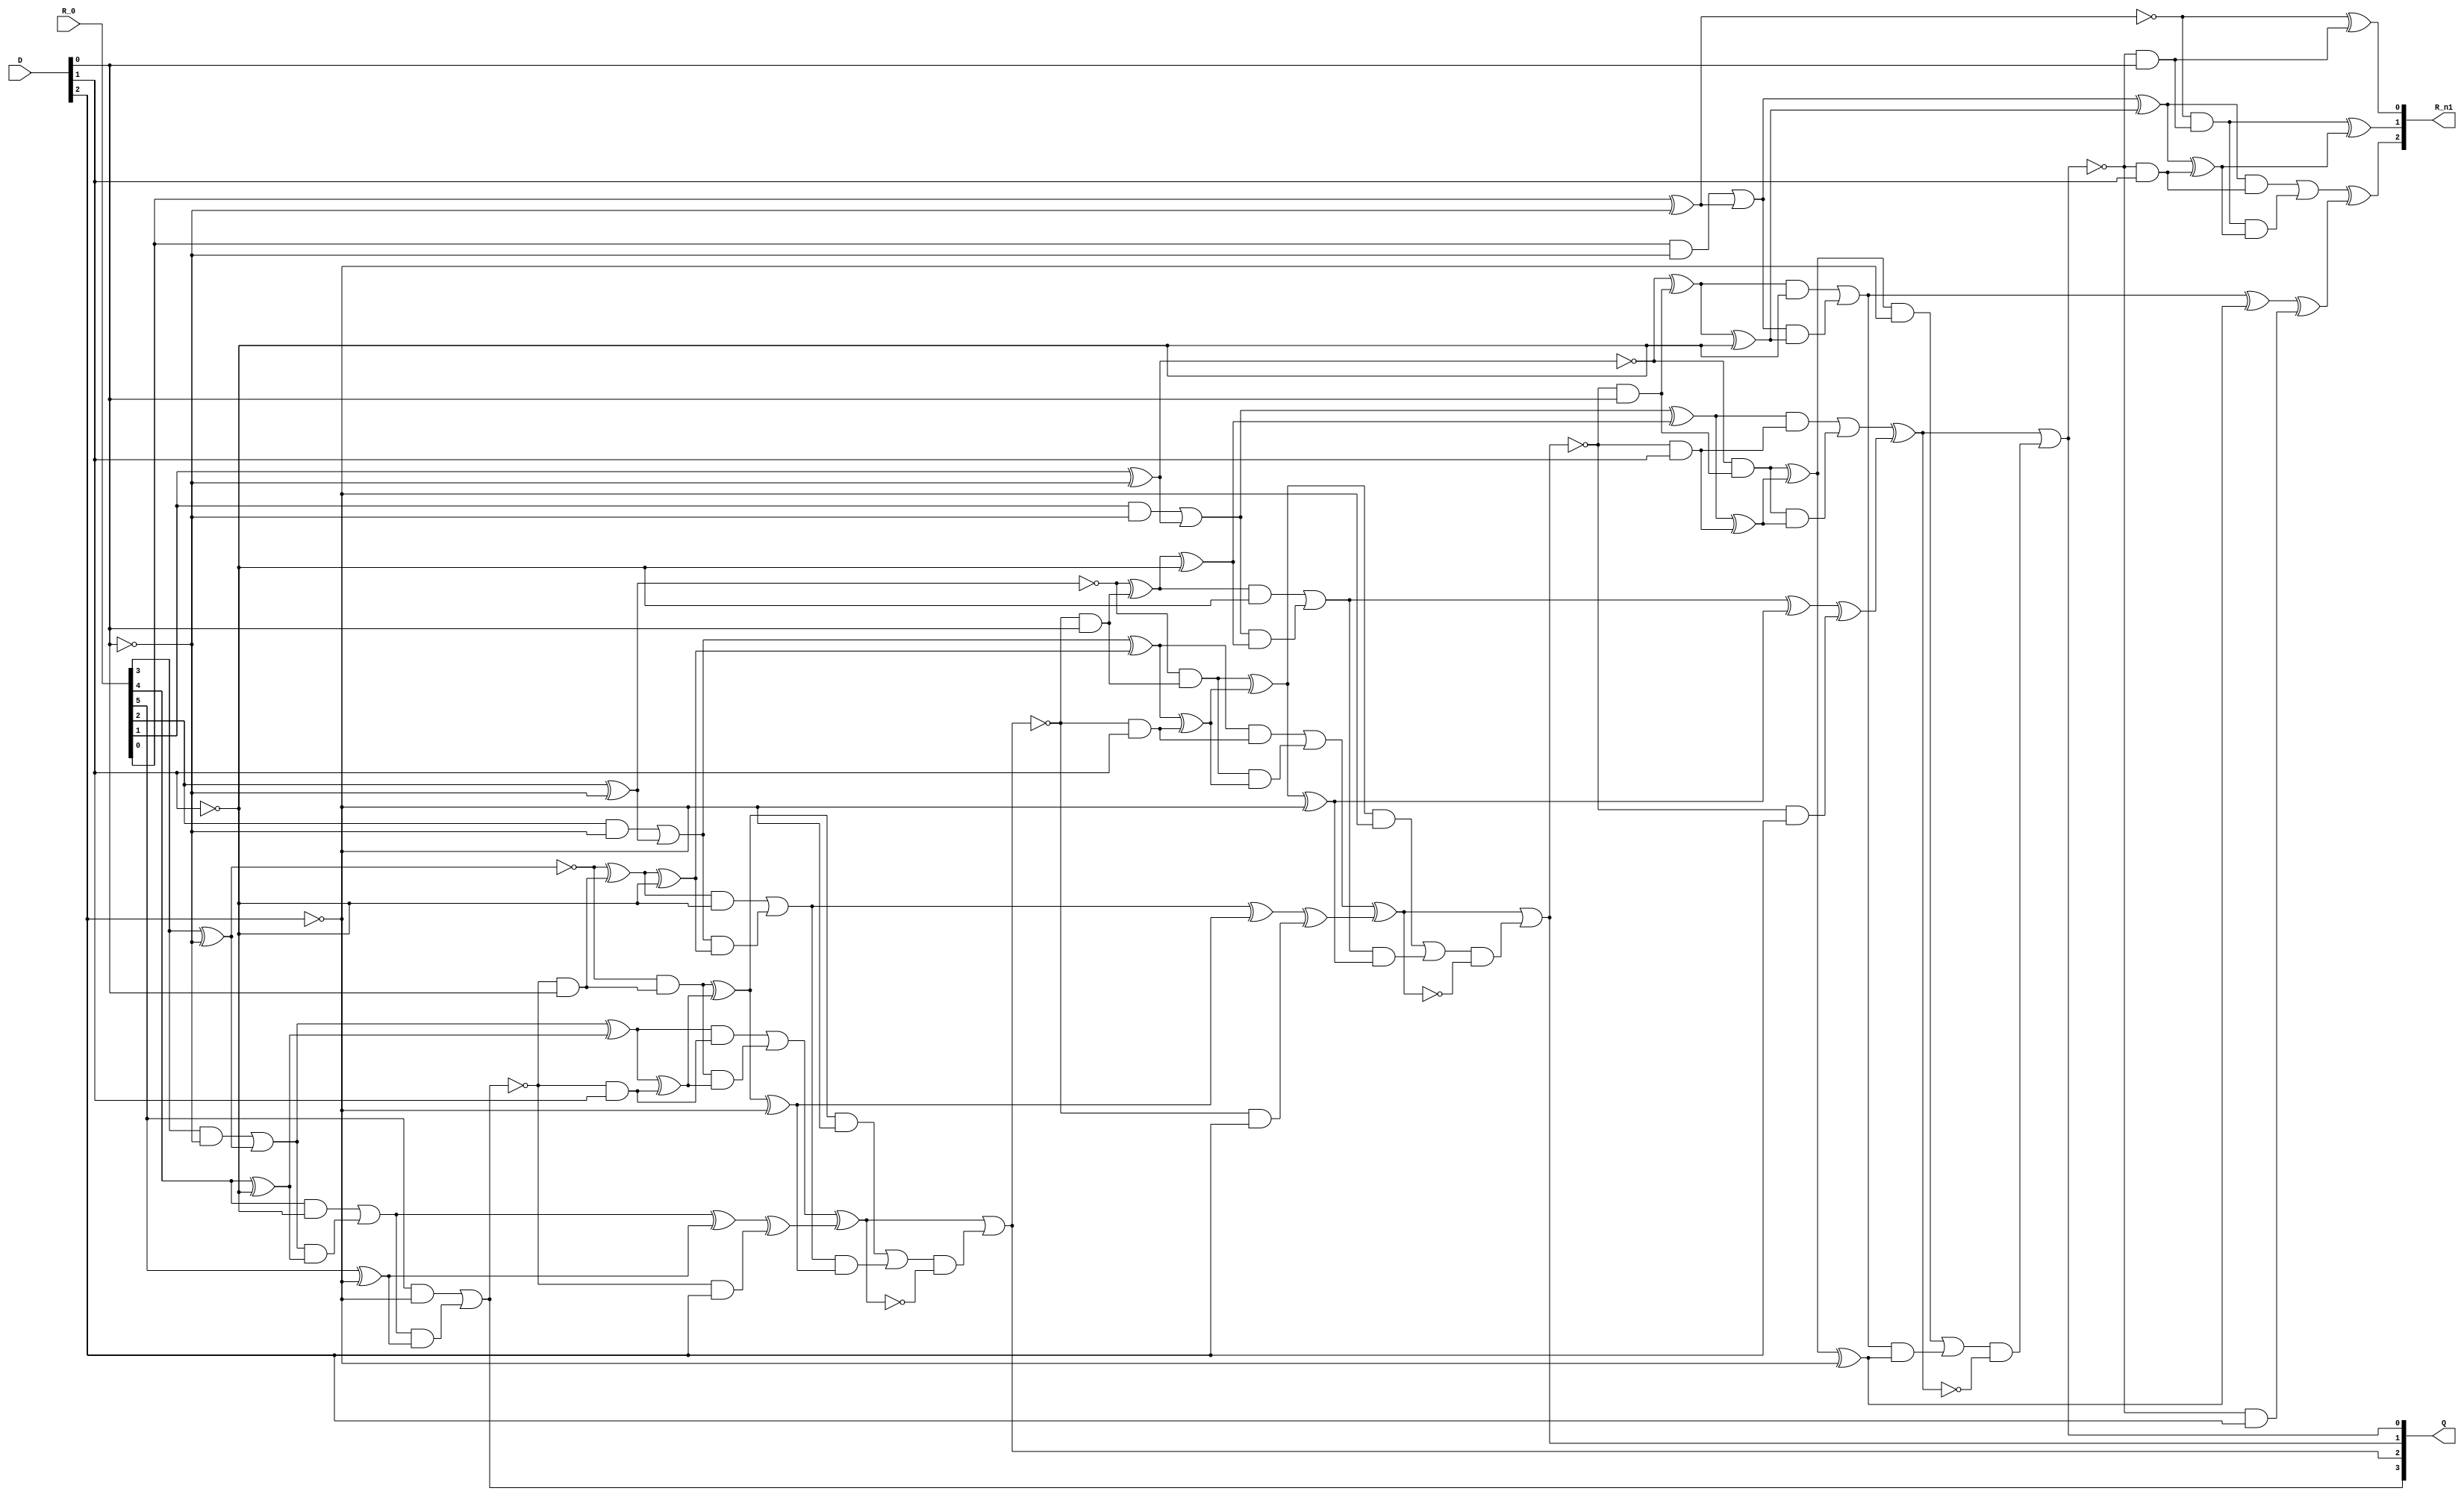
module divider(R_0, D, Q, R_n1);
input [5:0] R_0;
input [2:0] D;
output [3:0] Q;
output [2:0] R_n1;
wire _0_;
wire _1_;
wire _2_;
wire _3_;
wire _4_;
wire _5_;
wire _6_;
wire _7_;
wire _8_;
wire _9_;
wire _10_;
wire _11_;
wire _12_;
wire _13_;
wire _14_;
wire _15_;
wire _16_;
wire _17_;
wire _18_;
wire _19_;
wire _20_;
wire _21_;
wire _22_;
wire _23_;
wire _24_;
wire _25_;
wire _26_;
wire _27_;
wire _28_;
wire _29_;
wire _30_;
wire _31_;
wire _32_;
wire _33_;
wire _34_;
wire _35_;
wire _36_;
wire _37_;
wire _38_;
wire _39_;
wire _40_;
wire _41_;
wire _42_;
wire _43_;
wire _44_;
wire _45_;
wire _46_;
wire _47_;
wire _48_;
wire _49_;
wire _50_;
wire _51_;
wire _52_;
wire _53_;
wire _54_;
wire _55_;
wire _56_;
wire _57_;
wire _58_;
wire _59_;
wire _60_;
wire _61_;
wire _62_;
wire _63_;
wire _64_;
wire _65_;
wire _66_;
wire _67_;
wire _68_;
wire _69_;
wire _70_;
wire _71_;
wire _72_;
wire _73_;
wire _74_;
wire _75_;
wire _76_;
wire _77_;
wire _78_;
wire _79_;
wire _80_;
wire _81_;
wire _82_;
wire _83_;
wire _84_;
wire _85_;
wire _86_;
wire _87_;
wire _88_;
wire _89_;
wire _90_;
wire _91_;
wire _92_;
wire _93_;
wire _94_;
wire _95_;
wire _96_;
wire _97_;
wire _98_;
wire _99_;
wire _100_;
wire _101_;
wire _102_;
wire _103_;
wire _104_;
wire _105_;
wire _106_;
wire _107_;
wire _108_;
wire _109_;
wire _110_;
wire _111_;
wire _112_;
wire _113_;
wire _114_;
wire _115_;
wire _116_;
wire _117_;
wire _118_;
wire _119_;
wire _120_;
wire _121_;
wire _122_;
wire _123_;
wire _124_;
wire _125_;
wire _126_;
wire _127_;
wire _128_;
wire _129_;
wire _130_;
wire _131_;
wire _132_;
wire _133_;
wire _134_;
wire _135_;
wire _136_;
wire _137_;
wire _138_;
wire _139_;
wire _140_;
wire _141_;
wire _142_;
wire _143_;
wire _144_;
wire _145_;
wire _146_;
wire _147_;
wire _148_;
wire _149_;
wire _150_;
wire _151_;
wire _152_;
wire _153_;
wire _154_;
wire _155_;
wire _156_;
wire _157_;
wire _158_;
wire _159_;
wire _160_;
wire _161_;
wire _162_;
wire _163_;
wire _164_;
wire _165_;
wire _166_;
wire _167_;
wire _168_;
wire _169_;
wire _170_;
wire _171_;
wire _172_;
wire _173_;
wire _174_;
wire _175_;
wire _176_;
wire _177_;
wire _178_;
wire _179_;
wire _180_;
wire _181_;
wire _182_;
wire _183_;
wire _184_;
wire _185_;
wire _186_;
wire _187_;
wire _188_;
wire _189_;
wire _190_;
wire _191_;
wire _192_;
wire _193_;
wire _194_;
wire _195_;
wire _196_;
wire _197_;
wire _198_;
wire _199_;
wire _200_;
wire _201_;
wire _202_;
wire _203_;
wire _204_;
wire _205_;
wire _206_;
wire _207_;
wire _208_;
wire _209_;
wire _210_;
wire _211_;
wire _212_;
wire _213_;
wire _214_;
wire _215_;
wire _216_;
wire _217_;
wire _218_;
wire _219_;
wire _220_;
wire _221_;
wire _222_;
wire _223_;
wire _224_;
wire _225_;
wire _226_;
wire _227_;
wire _228_;
wire _229_;
wire _230_;
wire _231_;
wire _232_;
wire _233_;
wire _234_;
wire _235_;
wire _236_;
wire _237_;
wire _238_;
wire _239_;
wire _240_;
wire _241_;
wire _242_;
wire _243_;
wire _244_;
wire _245_;
wire _246_;
wire _247_;
wire _248_;
wire _249_;
wire _250_;
wire _251_;
wire _252_;
wire _253_;
wire _254_;
wire _255_;
wire _256_;
wire _257_;
wire _258_;
wire _259_;
wire _260_;
wire _261_;
wire _262_;
wire _263_;
wire _264_;
wire _265_;
wire _266_;
wire _267_;
wire _268_;
wire _269_;
wire _270_;
wire _271_;
wire _272_;
wire _273_;
wire _274_;
wire _275_;
wire _276_;
wire _277_;
wire _278_;
wire _279_;
wire _280_;
wire _281_;
wire _282_;
wire _283_;
wire _284_;
wire _285_;
wire _286_;
wire _287_;
wire _288_;
wire _289_;
wire _290_;
wire _291_;
wire _292_;
wire _293_;
wire _294_;
wire _295_;
wire _296_;
wire _297_;
wire _298_;
wire _299_;
wire _300_;
wire _301_;
wire _302_;
wire _303_;
wire _304_;
wire _305_;
wire _306_;
wire _307_;
wire _308_;
wire _309_;
wire _310_;
wire _311_;
wire _312_;
wire _313_;
wire _314_;
wire _315_;
wire _316_;
wire _317_;
wire _318_;
wire _319_;
wire _320_;
wire _321_;
wire _322_;
wire _323_;
wire _324_;
wire _325_;
wire _326_;
wire _327_;
wire _328_;
wire _329_;
wire _330_;
wire _331_;
wire _332_;
wire _333_;
wire _334_;
wire _335_;
wire _336_;
wire _337_;
wire _338_;
wire _339_;
wire _340_;
wire _341_;
wire _342_;
wire _343_;
wire _344_;
wire _345_;
wire _346_;
wire _347_;
wire _348_;
wire _349_;
wire _350_;
wire _351_;
wire _352_;
wire _353_;
wire _354_;
wire _355_;
wire _356_;
wire _357_;
wire _358_;
wire _359_;
wire _360_;
wire _361_;
wire _362_;
wire _363_;
wire _364_;
wire _365_;
wire _366_;
wire _367_;
wire _368_;
wire _369_;
wire _370_;
wire _371_;
wire _372_;
wire _373_;
wire _374_;
wire _375_;
wire _376_;
wire _377_;
wire _378_;
wire _379_;
wire _380_;
wire _381_;
wire _382_;
wire _383_;
wire _384_;
wire _385_;
wire _386_;
wire _387_;
wire _388_;
wire _389_;
wire _390_;
wire _391_;
wire _392_;
wire _393_;
wire _394_;
wire _395_;
wire _396_;
wire _397_;
wire _398_;
wire _399_;
wire _400_;
wire _401_;
wire _402_;
wire _403_;
wire _404_;
wire _405_;
wire _406_;
wire _407_;
wire _408_;
wire _409_;
wire _410_;
wire _411_;
wire _412_;
wire _413_;
wire _414_;
wire _415_;
wire _416_;
wire _417_;
wire _418_;
wire _419_;
wire _420_;
wire _421_;
wire _422_;
wire _423_;
wire _424_;
wire _425_;
wire _426_;
wire _427_;
wire _428_;
wire _429_;
wire _430_;
wire _431_;
wire _432_;
wire _433_;
wire _434_;
wire _435_;
wire _436_;
wire _437_;
wire _438_;
wire _439_;
wire _440_;
wire _441_;
wire zeroWire;
wire oneWire;
assign zeroWire = 1'b0 /*506*/;
assign oneWire = 1'b1 /*506*/;
assign _9_ = ~D[0] /*480*/;
assign _6_ = R_0[3] & _9_ /*476*/;
assign _7_ = R_0[3] ^ _9_ /*479*/;
assign _8_ = oneWire & _7_ /*477*/;
assign _0_ = oneWire ^ _7_ /*478*/;
assign _5_ = _6_ | _8_ /*475*/;
assign _14_ = ~D[1] /*474*/;
assign _11_ = R_0[4] & _14_ /*470*/;
assign _12_ = R_0[4] ^ _14_ /*473*/;
assign _13_ = _5_ & _12_ /*471*/;
assign _1_ = _5_ ^ _12_ /*472*/;
assign _10_ = _11_ | _13_ /*469*/;
assign _19_ = ~D[2] /*468*/;
assign _16_ = R_0[5] & _19_ /*464*/;
assign _17_ = R_0[5] ^ _19_ /*467*/;
assign _18_ = _10_ & _17_ /*465*/;
assign _2_ = _10_ ^ _17_ /*466*/;
assign _15_ = _16_ | _18_ /*463*/;
assign _20_ = zeroWire & oneWire /*458*/;
assign _21_ = zeroWire ^ oneWire /*461*/;
assign _22_ = _15_ & _21_ /*459*/;
assign _3_ = _15_ ^ _21_ /*460*/;
assign Q[3] = _20_ | _22_ /*457*/;
assign _31_ = ~Q[3] /*433*/;
assign _30_ = _31_ & D[0] /*432*/;
assign _33_ = _0_ & _30_ /*427*/;
assign _34_ = _0_ ^ _30_ /*430*/;
assign _35_ = zeroWire & _34_ /*428*/;
assign _25_ = zeroWire ^ _34_ /*429*/;
assign _32_ = _33_ | _35_ /*426*/;
assign _37_ = ~Q[3] /*425*/;
assign _36_ = _37_ & D[1] /*424*/;
assign _39_ = _1_ & _36_ /*419*/;
assign _40_ = _1_ ^ _36_ /*422*/;
assign _41_ = _32_ & _40_ /*420*/;
assign _26_ = _32_ ^ _40_ /*421*/;
assign _38_ = _39_ | _41_ /*418*/;
assign _43_ = ~Q[3] /*417*/;
assign _42_ = _43_ & D[2] /*416*/;
assign _45_ = _2_ & _42_ /*411*/;
assign _46_ = _2_ ^ _42_ /*414*/;
assign _47_ = _38_ & _46_ /*412*/;
assign _27_ = _38_ ^ _46_ /*413*/;
assign _44_ = _45_ | _47_ /*410*/;
assign _49_ = ~Q[3] /*409*/;
assign _48_ = _49_ & zeroWire /*408*/;
assign _50_ = _3_ ^ _48_ /*406*/;
assign _28_ = _50_ ^ _44_ /*405*/;
assign _61_ = ~D[0] /*391*/;
assign _58_ = R_0[2] & _61_ /*387*/;
assign _59_ = R_0[2] ^ _61_ /*390*/;
assign _60_ = oneWire & _59_ /*388*/;
assign _53_ = oneWire ^ _59_ /*389*/;
assign _57_ = _58_ | _60_ /*386*/;
assign _66_ = ~D[1] /*385*/;
assign _63_ = _25_ & _66_ /*381*/;
assign _64_ = _25_ ^ _66_ /*384*/;
assign _65_ = _57_ & _64_ /*382*/;
assign _54_ = _57_ ^ _64_ /*383*/;
assign _62_ = _63_ | _65_ /*380*/;
assign _71_ = ~D[2] /*379*/;
assign _68_ = _26_ & _71_ /*375*/;
assign _69_ = _26_ ^ _71_ /*378*/;
assign _70_ = _62_ & _69_ /*376*/;
assign _55_ = _62_ ^ _69_ /*377*/;
assign _67_ = _68_ | _70_ /*374*/;
assign _72_ = _27_ & oneWire /*369*/;
assign _73_ = _27_ ^ oneWire /*372*/;
assign _74_ = _67_ & _73_ /*370*/;
assign _56_ = _67_ ^ _73_ /*371*/;
assign Q[2] = _72_ | _74_ /*368*/;
assign _87_ = ~Q[2] /*343*/;
assign _86_ = _87_ & D[0] /*342*/;
assign _89_ = _53_ & _86_ /*337*/;
assign _90_ = _53_ ^ _86_ /*340*/;
assign _91_ = zeroWire & _90_ /*338*/;
assign _81_ = zeroWire ^ _90_ /*339*/;
assign _88_ = _89_ | _91_ /*336*/;
assign _93_ = ~Q[2] /*335*/;
assign _92_ = _93_ & D[1] /*334*/;
assign _95_ = _54_ & _92_ /*329*/;
assign _96_ = _54_ ^ _92_ /*332*/;
assign _97_ = _88_ & _96_ /*330*/;
assign _82_ = _88_ ^ _96_ /*331*/;
assign _94_ = _95_ | _97_ /*328*/;
assign _99_ = ~Q[2] /*327*/;
assign _98_ = _99_ & D[2] /*326*/;
assign _101_ = _55_ & _98_ /*321*/;
assign _102_ = _55_ ^ _98_ /*324*/;
assign _103_ = _94_ & _102_ /*322*/;
assign _83_ = _94_ ^ _102_ /*323*/;
assign _100_ = _101_ | _103_ /*320*/;
assign _105_ = ~Q[2] /*319*/;
assign _104_ = _105_ & zeroWire /*318*/;
assign _106_ = _56_ ^ _104_ /*316*/;
assign _84_ = _106_ ^ _100_ /*315*/;
assign _117_ = ~D[0] /*301*/;
assign _114_ = R_0[1] & _117_ /*297*/;
assign _115_ = R_0[1] ^ _117_ /*300*/;
assign _116_ = oneWire & _115_ /*298*/;
assign _109_ = oneWire ^ _115_ /*299*/;
assign _113_ = _114_ | _116_ /*296*/;
assign _122_ = ~D[1] /*295*/;
assign _119_ = _81_ & _122_ /*291*/;
assign _120_ = _81_ ^ _122_ /*294*/;
assign _121_ = _113_ & _120_ /*292*/;
assign _110_ = _113_ ^ _120_ /*293*/;
assign _118_ = _119_ | _121_ /*290*/;
assign _127_ = ~D[2] /*289*/;
assign _124_ = _82_ & _127_ /*285*/;
assign _125_ = _82_ ^ _127_ /*288*/;
assign _126_ = _118_ & _125_ /*286*/;
assign _111_ = _118_ ^ _125_ /*287*/;
assign _123_ = _124_ | _126_ /*284*/;
assign _128_ = _83_ & oneWire /*279*/;
assign _129_ = _83_ ^ oneWire /*282*/;
assign _130_ = _123_ & _129_ /*280*/;
assign _112_ = _123_ ^ _129_ /*281*/;
assign Q[1] = _128_ | _130_ /*278*/;
assign _143_ = ~Q[1] /*253*/;
assign _142_ = _143_ & D[0] /*252*/;
assign _145_ = _109_ & _142_ /*247*/;
assign _146_ = _109_ ^ _142_ /*250*/;
assign _147_ = zeroWire & _146_ /*248*/;
assign _137_ = zeroWire ^ _146_ /*249*/;
assign _144_ = _145_ | _147_ /*246*/;
assign _149_ = ~Q[1] /*245*/;
assign _148_ = _149_ & D[1] /*244*/;
assign _151_ = _110_ & _148_ /*239*/;
assign _152_ = _110_ ^ _148_ /*242*/;
assign _153_ = _144_ & _152_ /*240*/;
assign _138_ = _144_ ^ _152_ /*241*/;
assign _150_ = _151_ | _153_ /*238*/;
assign _155_ = ~Q[1] /*237*/;
assign _154_ = _155_ & D[2] /*236*/;
assign _157_ = _111_ & _154_ /*231*/;
assign _158_ = _111_ ^ _154_ /*234*/;
assign _159_ = _150_ & _158_ /*232*/;
assign _139_ = _150_ ^ _158_ /*233*/;
assign _156_ = _157_ | _159_ /*230*/;
assign _161_ = ~Q[1] /*229*/;
assign _160_ = _161_ & zeroWire /*228*/;
assign _162_ = _112_ ^ _160_ /*226*/;
assign _140_ = _162_ ^ _156_ /*225*/;
assign _173_ = ~D[0] /*211*/;
assign _170_ = R_0[0] & _173_ /*207*/;
assign _171_ = R_0[0] ^ _173_ /*210*/;
assign _172_ = oneWire & _171_ /*208*/;
assign _165_ = oneWire ^ _171_ /*209*/;
assign _169_ = _170_ | _172_ /*206*/;
assign _178_ = ~D[1] /*205*/;
assign _175_ = _137_ & _178_ /*201*/;
assign _176_ = _137_ ^ _178_ /*204*/;
assign _177_ = _169_ & _176_ /*202*/;
assign _166_ = _169_ ^ _176_ /*203*/;
assign _174_ = _175_ | _177_ /*200*/;
assign _183_ = ~D[2] /*199*/;
assign _180_ = _138_ & _183_ /*195*/;
assign _181_ = _138_ ^ _183_ /*198*/;
assign _182_ = _174_ & _181_ /*196*/;
assign _167_ = _174_ ^ _181_ /*197*/;
assign _179_ = _180_ | _182_ /*194*/;
assign _184_ = _139_ & oneWire /*189*/;
assign _185_ = _139_ ^ oneWire /*192*/;
assign _186_ = _179_ & _185_ /*190*/;
assign _168_ = _179_ ^ _185_ /*191*/;
assign Q[0] = _184_ | _186_ /*188*/;
assign _199_ = ~Q[0] /*163*/;
assign _198_ = _199_ & D[0] /*162*/;
assign _201_ = _165_ & _198_ /*157*/;
assign _202_ = _165_ ^ _198_ /*160*/;
assign _203_ = zeroWire & _202_ /*158*/;
assign R_n1[0] = zeroWire ^ _202_ /*159*/;
assign _200_ = _201_ | _203_ /*156*/;
assign _205_ = ~Q[0] /*155*/;
assign _204_ = _205_ & D[1] /*154*/;
assign _207_ = _166_ & _204_ /*149*/;
assign _208_ = _166_ ^ _204_ /*152*/;
assign _209_ = _200_ & _208_ /*150*/;
assign R_n1[1] = _200_ ^ _208_ /*151*/;
assign _206_ = _207_ | _209_ /*148*/;
assign _211_ = ~Q[0] /*147*/;
assign _210_ = _211_ & D[2] /*146*/;
assign _213_ = _167_ & _210_ /*141*/;
assign _214_ = _167_ ^ _210_ /*144*/;
assign _215_ = _206_ & _214_ /*142*/;
assign R_n1[2] = _206_ ^ _214_ /*143*/;
assign _212_ = _213_ | _215_ /*140*/;
endmodule